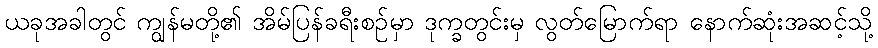
ယခုအခါတွင် ကျွန်မတို့၏ အိမ်ပြန်ခရီးစဉ်မှာ ဒုက္ခတွင်းမှ လွတ်မြောက်ရာ နောက်ဆုံးအဆင့်သို့